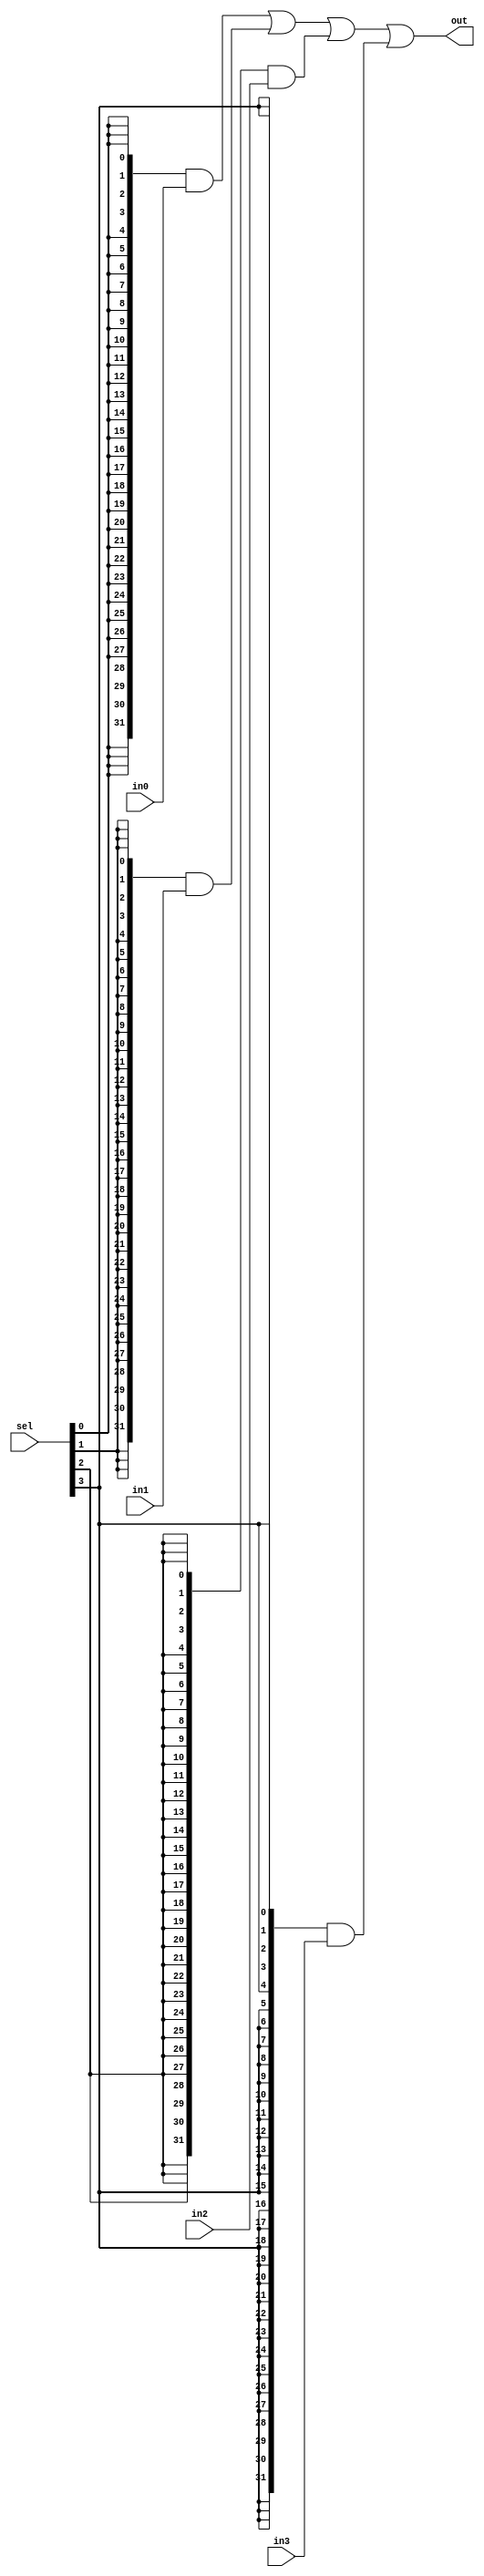
module mux4_32b(
    input wire [31:0] in0, in1, in2, in3,
    input wire [3:0] sel,
    output wire [31:0] out
);
    assign out = ({32{sel[0]}} & in0) 
               | ({32{sel[1]}} & in1)
               | ({32{sel[2]}} & in2)
               | ({32{sel[3]}} & in3);
endmodule